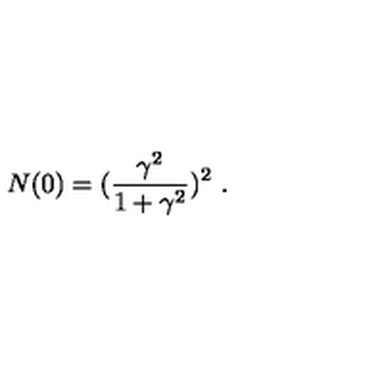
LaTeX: N ( 0 ) = ( \frac { \gamma ^ { 2 } } { 1 + \gamma ^ { 2 } } ) ^ { 2 } \ .